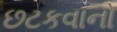
છટકવાનો